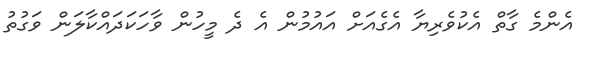
އެންމެ ގާތް އެކުވެރިޔާ އެގެއަށް އައުމުން އެ ދެ މީހުން ވާހަކަދައްކާލަން ވަގުތު